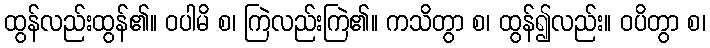
ထွန်လည်းထွန်၏။ ဝပါမိ စ၊ ကြဲလည်းကြဲ၏။ ကသိတွာ စ၊ ထွန်၍လည်း။ ဝပိတွာ စ၊